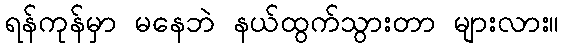
ရန်ကုန်မှာ မနေဘဲ နယ်ထွက်သွားတာ များလား။